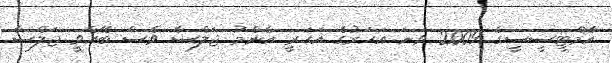
އެމްޓީސީސީގެ 2009 ވަނަ އަހަރުގެ އަހަރީ އާންމު ޖަލްސާ ވެސް ބޭއްވީ ޖަލްސާ